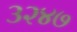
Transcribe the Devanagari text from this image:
३२४७